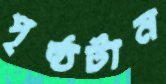
পৃষ্ঠটান